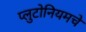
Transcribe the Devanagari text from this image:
प्लुटोनियमचे